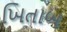
ખિતાબ